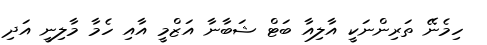
ހިމެނޭ ތަރިންނަކީ އާލިއާ ބަޓް ޝަބާނާ އަޒްމީ އާއި ހެމާ މާލިނީ އަދި